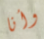
وأنا